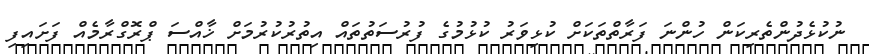
ނުކުޅެދުންތެރިކަން ހުންނަ ފަރާތްތަކަށް ކުޅިވަރު ކުޅުމުގެ ފުރުސަތުތައް އިތުރުކުރުމަށް ޚާއްސަ ޕްރޮގްރާމެއް ފަށައިފި